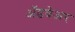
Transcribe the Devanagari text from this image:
अॅडवेअर